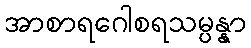
အာစာရဂေါစရသမ္ပန္နာ